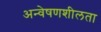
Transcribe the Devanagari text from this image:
अन्वेषणशीलता